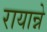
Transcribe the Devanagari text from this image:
रायान्ने